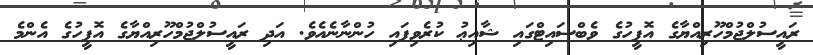
ރައީސުލްޖުމްހޫރިއްޔާގެ އޮފީހުގެ ވެބްސައިޓްގައި ޝާއިޢު ކުރެވިފައި ހުންނާނެއެވެ. އަދި ރައީސުލްޖުމްހޫރިއްޔާގެ އޮފީހުގެ އެންމެ